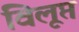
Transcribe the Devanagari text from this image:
विलूप्त